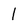
Character: 1